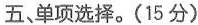
五、 单项选择.(15 分)